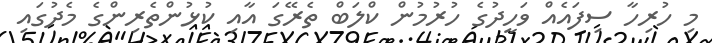
މި ހުރިހާ ސިފައެއް ވަހީދުގެ ހުރުމުން ކްލަބް ތެރޭގަ އާއި ކުޅުންތެރިންގެ މެދުގައި